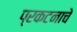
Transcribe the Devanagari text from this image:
प्रकटनाचे